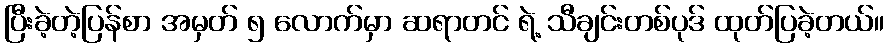
ပြီးခဲ့တဲ့ပြန်စာ အမှတ် ၅ လောက်မှာ ဆရာတင် ရဲ့ သီချင်းတစ်ပုဒ် ထုတ်ပြခဲ့တယ်။